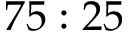
7 5 : 2 5